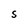
Character: S